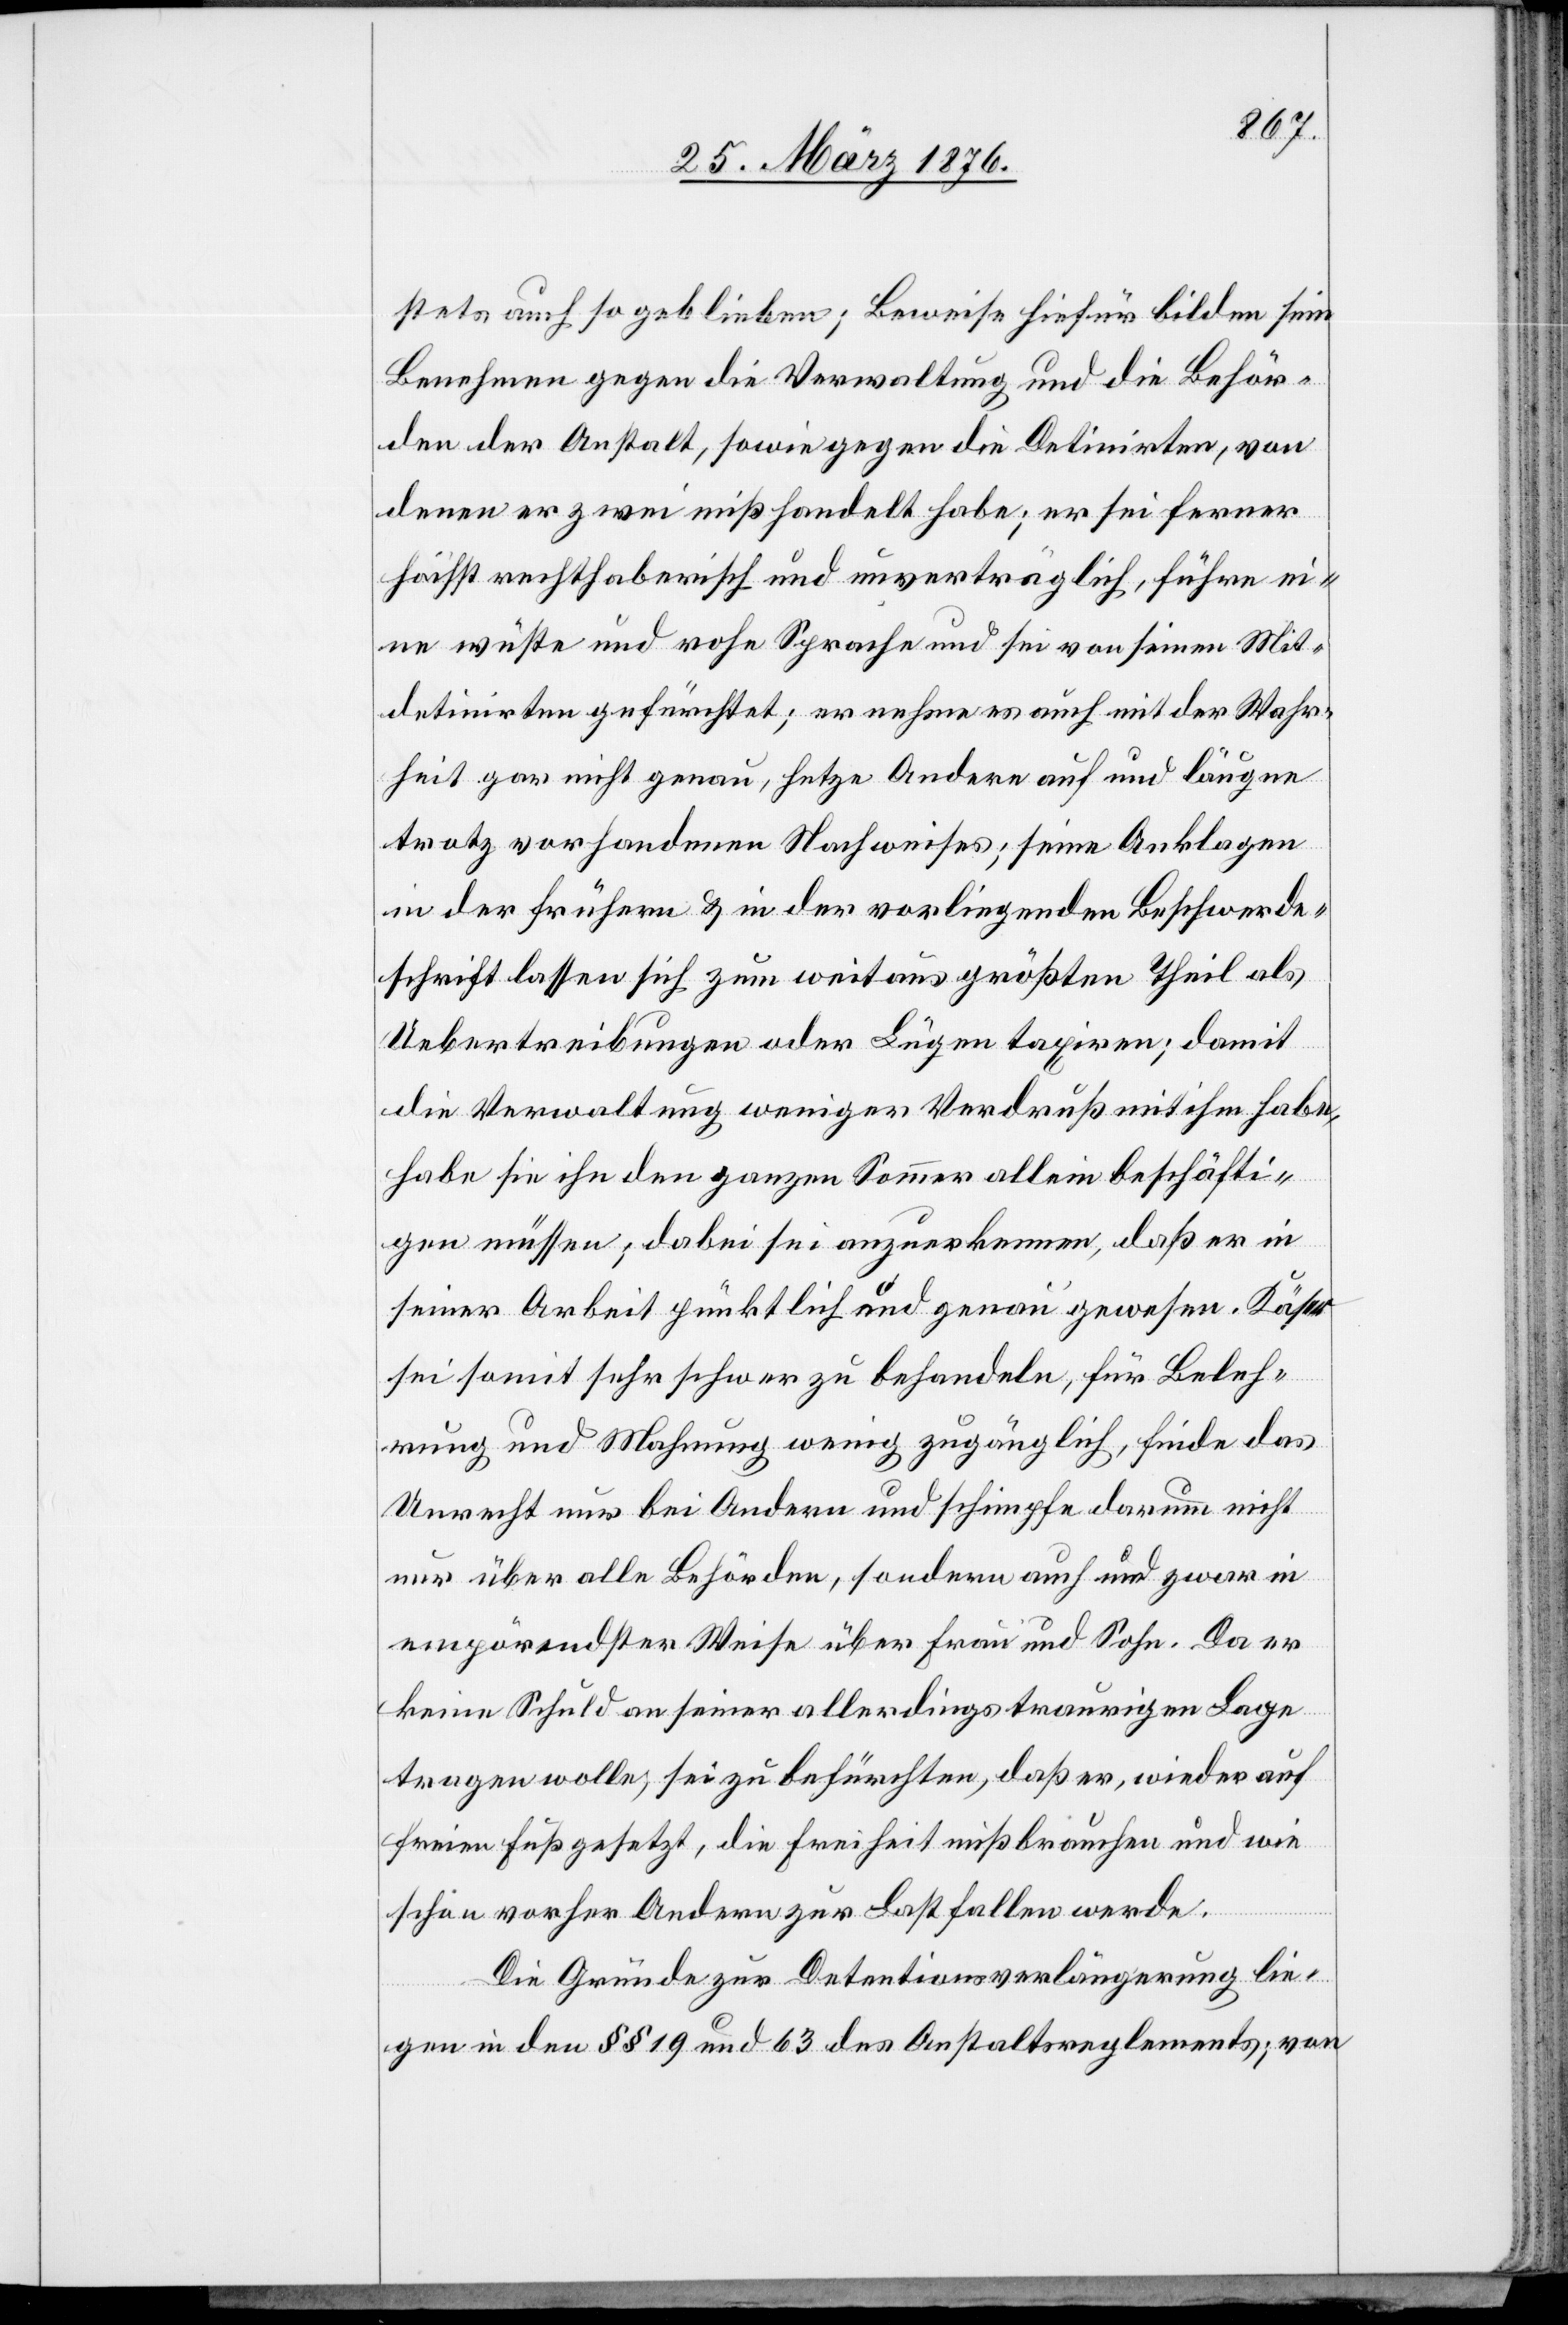
stets auch so geblieben; Beweise hiefür bilden sein
Benehmen gegen die Verwaltung und die Behör¬
den der Anstalt, sowie gegen die Detinirten, von
denen er zwei mißhandelt habe; er sei ferner
höchst rechthaberisch und unverträglich, führe ei¬
ne wüste und rohe Sprache und sei von seinen Mit¬
detinirten gefürchtet; er nehme es auch mit der Wahr¬
heit gar nicht genau, hetze Andere auf und läugne
trotz vorhandenen Nachweises; seine Anklagen
in der frühern & in der vorliegenden Beschwerde¬
schrift lassen sich zum weitaus größten Theil als
Uebertreibungen oder Lügen taxiren; damit
die Verwaltung wenigstens Verdruß mit ihm habe,
habe sie ihn den ganzen Sommer allein beschäfti¬
gen müssen; dabei sei anzuerkennen, daß er in
seiner Arbeit pünktlich und genau gewesen. Käser
sei somit sehr schwer zu behandeln, für Beleh¬
rung und Mahnung wenig zugänglich, finde das
Unrecht nur bei Andern und schimpfe darum nicht
nur über alle Behörden, sondern auch und zwar in
empörender Weise über Frau und Sohn. Da er
keine Schuld an seiner allerdings traurigen Lage
tragen wolle, sei zu befürchten, daß er, wieder auf
freien Fuß gesetzt, die Freiheit mißbrauchen und wie
schon vorher Andern zur Last fallen werde.
Die Gründe zur Detentionsverlängerung lie¬
gen in den §§ 19 und 63 des Anstaltsreglements; von